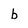
Character: b